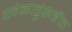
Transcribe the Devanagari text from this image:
खेळाडूंसहीत